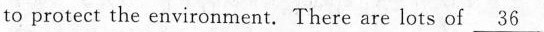
to protect the environment. There are lots of \underline{36}